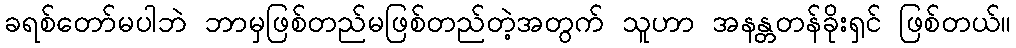
ခရစ်တော်မပါဘဲ ဘာမှဖြစ်တည်မဖြစ်တည်တဲ့အတွက် သူဟာ အနန္တတန်ခိုးရှင် ဖြစ်တယ်။